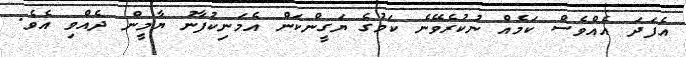
އެފަދަ އެއްވެސް ކަމެއް ނުކުރެވޭނެ ކަމުގެ ޔަގީންކަން އެމަނިކުފާނު ޔާމީން ދެއްވި އެވެ.